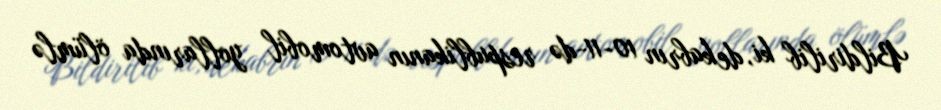
Bildirilib ki, dekabrın 10-11-də respublikanın avtomobil yollarında ölümlə